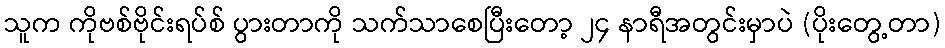
သူက ကိုဗစ်ဗိုင်းရပ်စ် ပွားတာကို သက်သာစေပြီးတော့ ၂၄ နာရီအတွင်းမှာပဲ (ပိုးတွေ့တာ)